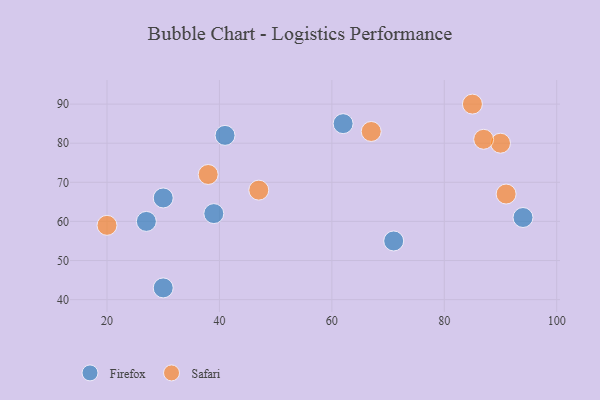
{"axis": {"x": "GDP", "y": "Life Expectancy"}, "legend": ["Firefox", "Safari"], "data": [{"x": "94", "y": 61, "type": "Firefox"}, {"x": "62", "y": 85, "type": "Firefox"}, {"x": "30", "y": 43, "type": "Firefox"}, {"x": "41", "y": 82, "type": "Firefox"}, {"x": "30", "y": 66, "type": "Firefox"}, {"x": "71", "y": 55, "type": "Firefox"}, {"x": "39", "y": 62, "type": "Firefox"}, {"x": "27", "y": 60, "type": "Firefox"}, {"x": "90", "y": 80, "type": "Safari"}, {"x": "87", "y": 81, "type": "Safari"}, {"x": "85", "y": 90, "type": "Safari"}, {"x": "38", "y": 72, "type": "Safari"}, {"x": "20", "y": 59, "type": "Safari"}, {"x": "47", "y": 68, "type": "Safari"}, {"x": "91", "y": 67, "type": "Safari"}, {"x": "67", "y": 83, "type": "Safari"}]}